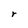
Character: r